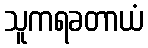
သူကရခတာယံ